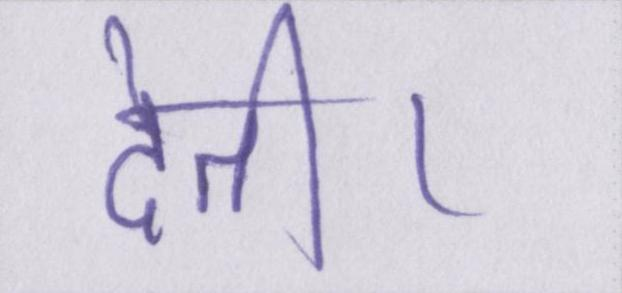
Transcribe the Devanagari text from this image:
देती।